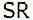
SR